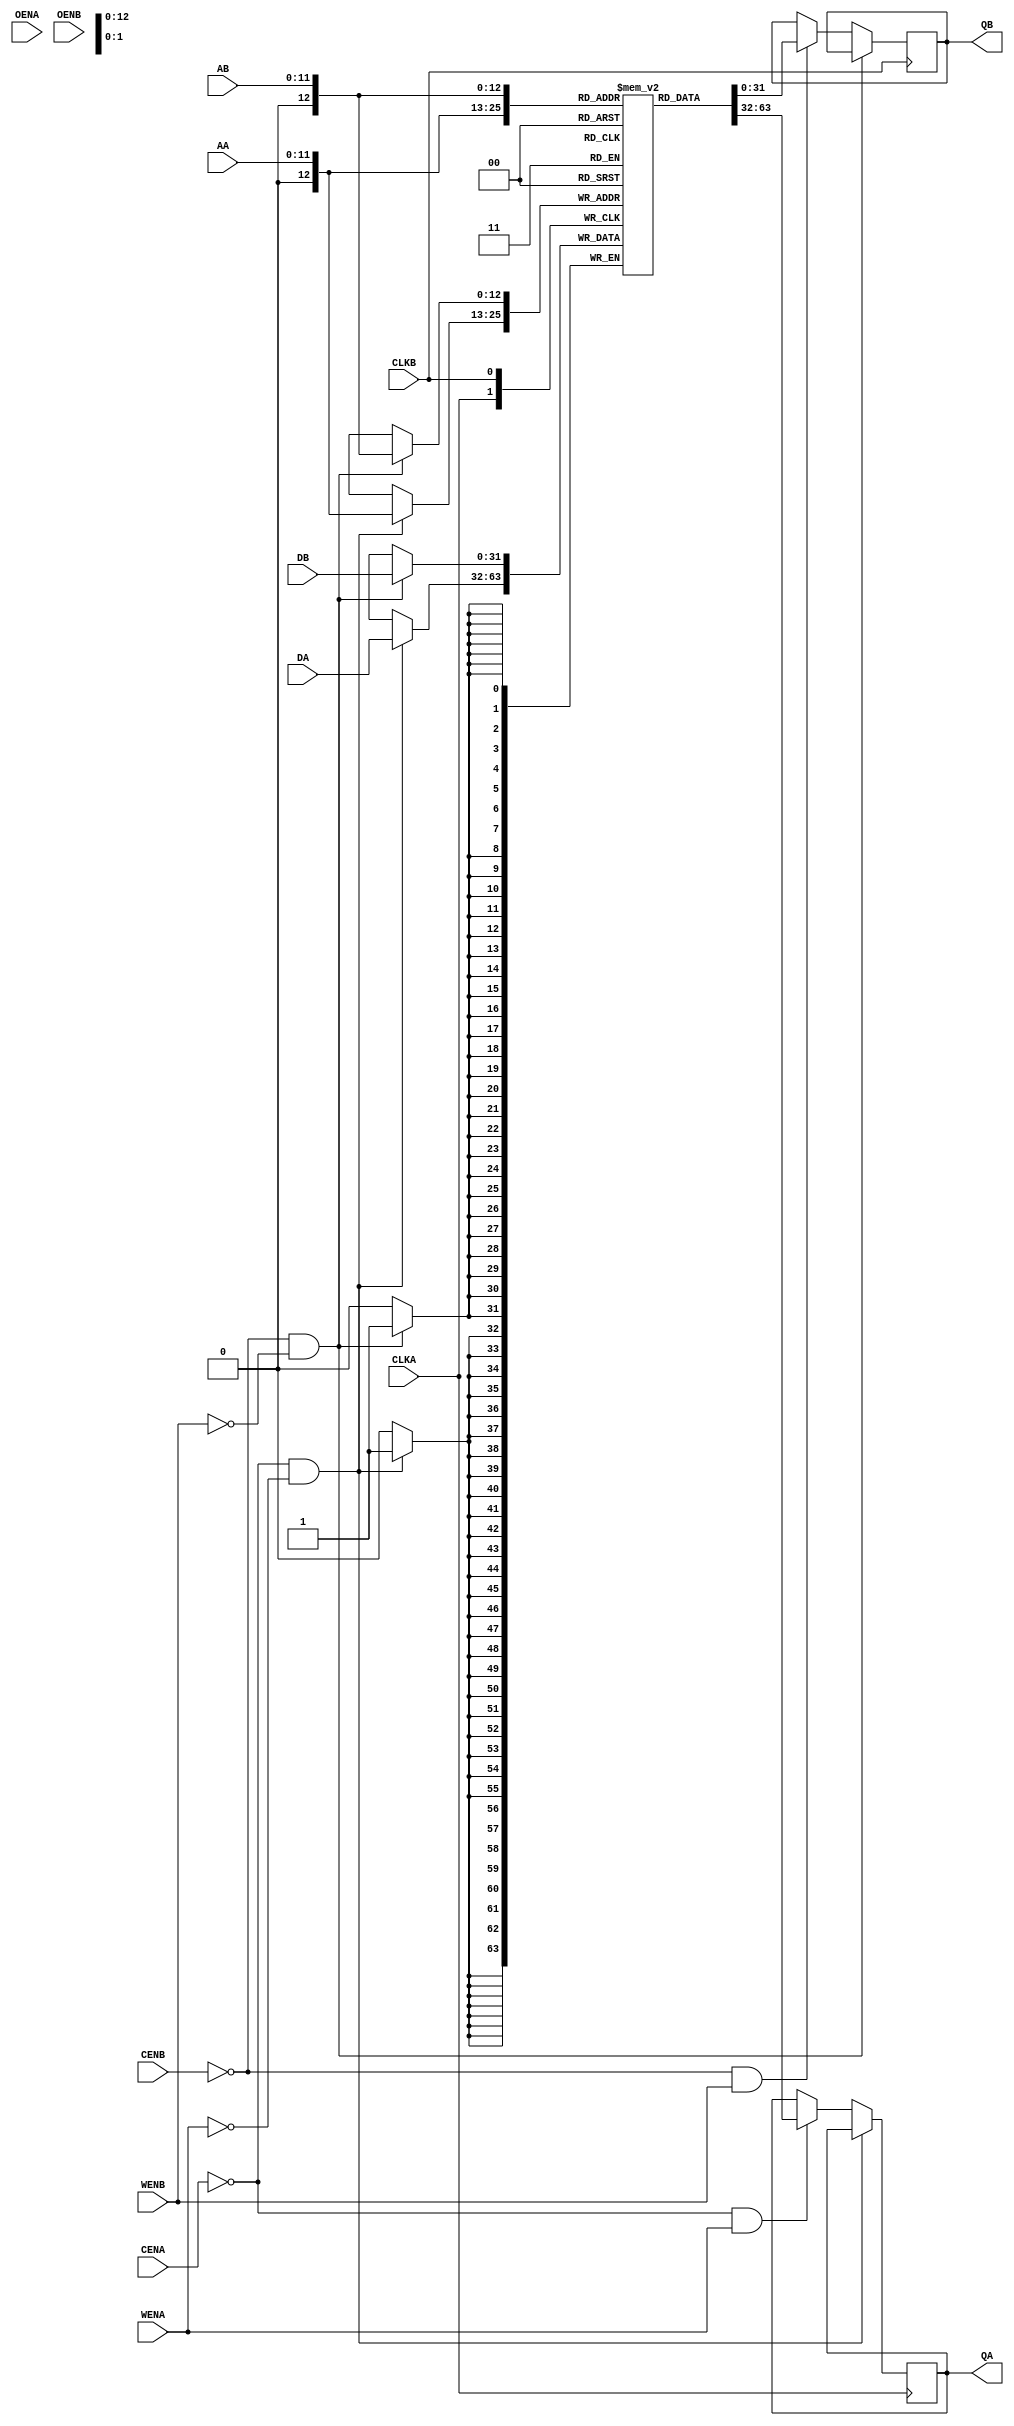
module someTwoPortVendorMem_4096_32_8 (QA,
				       CLKA,
				       CENA,  
				       WENA,  
				       AA,  
				       DA,    
				       OENA,
				       QB,  
				       CLKB,
				       CENB,  
				       WENB,  
				       AB,  
				       DB,    
				       OENB);
   output  [31:0]  QA;
   input 	   CLKA;
   input 	   CENA;
   input 	   WENA;
   input [11:0]    AA;
   input [31:0]	   DA;
   input 	   OENA;
   
   output [31:0]   QB;
   input 	   CLKB;
   input 	   CENB;
   input 	   WENB;
   input [11:0]    AB;
   input [31:0]    DB;
   input 	   OENB;

   reg [31:0] 	   mem [4096:0];
   reg [31:0] 	   QA,QB;
   
   initial
     begin
	$display("%m : someTwoPortVendorMem_4096_32_8 instantiated.");
     end

   always @(posedge CLKA) 
     begin
	if((CENA == 0)&&(WENA==0))
	  begin
	     mem[AA] <= DA;
	  end
	else if((CENA == 0)&&(WENA==1))
	  begin
	     QA <=mem[AA];
	  end	
     end
   
   always @(posedge CLKB) 
     begin
	if((CENB == 0)&&(WENB==0))
	  begin
	     mem[AB] <= DB;
	  end
	else if((CENB == 0)&&(WENB==1))
	  begin
	     QB <=mem[AB];
	  end	
     end
endmodule